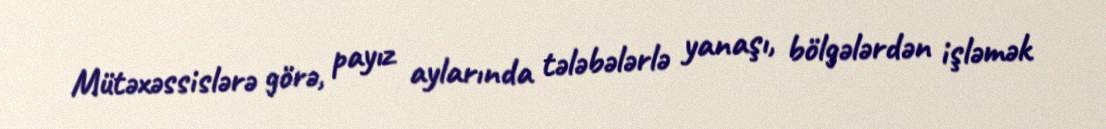
Mütəxəssislərə görə, payız aylarında tələbələrlə yanaşı, bölgələrdən işləmək